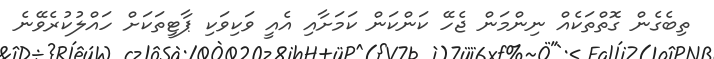
ތިބެގެން ގޮތްތަކެއް ނިންމަން ޖެހޭ ކަންކަން ކަމަށާއި އެއީ ވަކިވަކި ޕާޓީތަކަށް ހައްލުކުރެވޭނެ